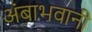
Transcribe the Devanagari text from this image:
अंबाभवानी